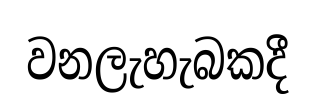
වනලැහැබකදී